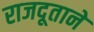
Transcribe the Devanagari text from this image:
राजदूताने